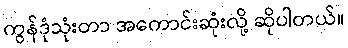
ကွန်ဒုံသုံးတာ အကောင်းဆုံးလို့ ဆိုပါတယ်။